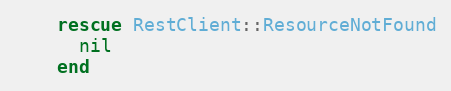
Language: Ruby
    rescue RestClient::ResourceNotFound
      nil
    end